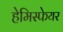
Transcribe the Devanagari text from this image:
हेमिस्फेयर